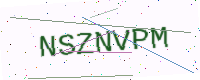
Text: NSZNVPM